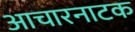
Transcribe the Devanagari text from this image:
आचारनाटक